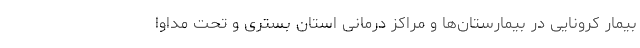
بیمار کرونایی در بیمارستان‌ها و مراکز درمانی استان بستری و تحت مداوا